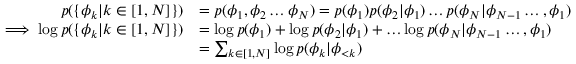
\begin{array} { r l } { p ( \{ \phi _ { k } | k \in [ 1 , N ] \} ) } & { = p ( \phi _ { 1 } , \phi _ { 2 } \dots \phi _ { N } ) = p ( \phi _ { 1 } ) p ( \phi _ { 2 } | \phi _ { 1 } ) \dots p ( \phi _ { N } | \phi _ { N - 1 } \dots , \phi _ { 1 } ) } \\ { \implies \log p ( \{ \phi _ { k } | k \in [ 1 , N ] \} ) } & { = \log p ( \phi _ { 1 } ) + \log p ( \phi _ { 2 } | \phi _ { 1 } ) + \dots \log p ( \phi _ { N } | \phi _ { N - 1 } \dots , \phi _ { 1 } ) } \\ & { = \sum _ { k \in [ 1 , N ] } \log p ( \phi _ { k } | \phi _ { < k } ) } \end{array}